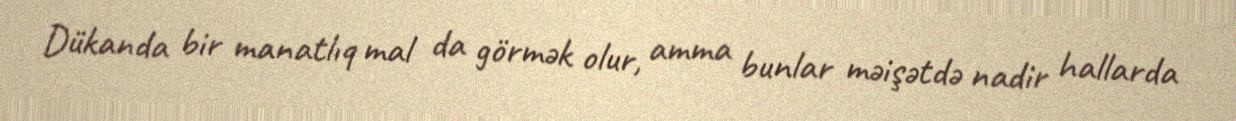
Dükanda bir manatlıq mal da görmək olur, amma bunlar məişətdə nadir hallarda